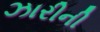
ઝારીની